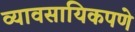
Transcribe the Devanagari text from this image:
व्यावसायिकपणे